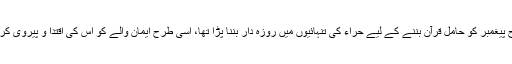
جس طرح پیغمبر کو حامل قرآن بننے کے لیے حراء کی تنہائیوں میں روزہ دار بننا پڑا تھا، اسی طرح ایمان والے کو اس کی اقتدا و پیروی کرنی ہوگی۔